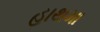
હાથમા